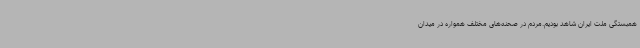
همبستگی ملت ایران شاهد بودیم.مردم در صحنه‌های مختلف همواره در میدان